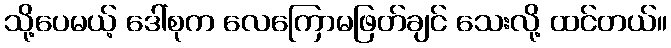
သို့ပေမယ့် ဒေါ်စုက လေကြောမဖြတ်ချင် သေးလို့ ထင်တယ်။